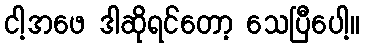
ငါ့အဖေ ဒါဆိုရင်တော့ သေပြီပေါ့။